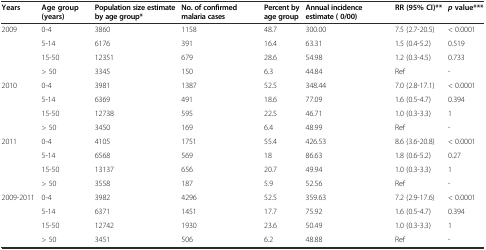
| Years | Age group (years) | Population size estimate by age group* | No. of confirmed malaria cases | Percent by age group | Annual incidence estimate ( 0/00) | RR (95% CI)** | pvalue*** |
 | --- | --- | --- | --- | --- | --- | --- | --- |
 | <ROWSPAN=4> 2009 | 0-4 | 3860 | 1158 | 48.7 | 300.00 | 7.5 (2.7-20.5) | < 0.0001 |
 | 5-14 | 6176 | 391 | 16.4 | 63.31 | 1.5 (0.4-5.2) | 0.519 |
 | 15-50 | 12351 | 679 | 28.6 | 54.98 | 1.2 (0.3-4.5) | 0.733 |
 | > 50 | 3345 | 150 | 6.3 | 44.84 | Ref | - |
 | <ROWSPAN=4> 2010 | 0-4 | 3981 | 1387 | 52.5 | 348.44 | 7.0 (2.8-17.1) | < 0.0001 |
 | 5-14 | 6369 | 491 | 18.6 | 77.09 | 1.6 (0.5-4.7) | 0.394 |
 | 15-50 | 12738 | 595 | 22.5 | 46.71 | 1.0 (0.3-3.3) | 1 |
 | > 50 | 3450 | 169 | 6.4 | 48.99 | Ref | - |
 | <ROWSPAN=4> 2011 | 0-4 | 4105 | 1751 | 55.4 | 426.53 | 8.6 (3.6-20.8) | < 0.0001 |
 | 5-14 | 6568 | 569 | 18 | 86.63 | 1.8 (0.6-5.2) | 0.27 |
 | 15-50 | 13137 | 656 | 20.7 | 49.94 | 1.0 (0.3-3.3) | 1 |
 | > 50 | 3558 | 187 | 5.9 | 52.56 | Ref | - |
 | <ROWSPAN=4> 2009-2011 | 0-4 | 3982 | 4296 | 52.5 | 359.63 | 7.2 (2.9-17.6) | < 0.0001 |
 | 5-14 | 6371 | 1451 | 17.7 | 75.92 | 1.6 (0.5-4.7) | 0.394 |
 | 15-50 | 12742 | 1930 | 23.6 | 50.49 | 1.0 (0.3-3.3) | 1 |
 | > 50 | 3451 | 506 | 6.2 | 48.88 | Ref | - |